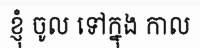
ខ្ញុំ ចូល ទៅក្នុង កាល